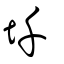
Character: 圱